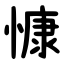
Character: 慷